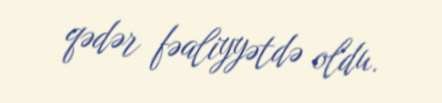
qədər fəaliyyətdə oldu.